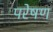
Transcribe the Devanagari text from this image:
परेषण